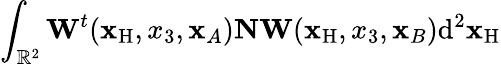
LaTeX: \int_{{\mathbb{R}}^{2}}{\mathbf W}^{t}({\mathbf x}_{\mathrm{H}},x_{3},{\mathbf x}_{A}){\mathbf N}{\mathbf W}({\mathbf x}_{\mathrm{H}},x_{3},{\mathbf x}_{B})\mathrm{d}^{2}{\mathbf x}_{\mathrm{H}}